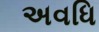
અવધિ